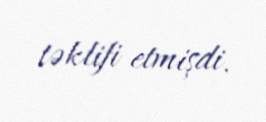
təklifi etmişdi.